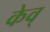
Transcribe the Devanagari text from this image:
केव्‌